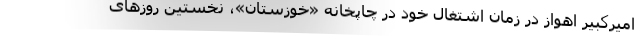
امیرکبیر اهواز در زمان اشتغال خود در چاپخانه «خوزستان»، نخستین روزهای